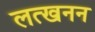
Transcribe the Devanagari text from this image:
लत्खनन